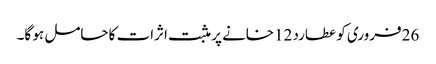
26فروری کو عطارد 12خانے پر مثبت اثرات کاحامل ہو گا۔